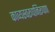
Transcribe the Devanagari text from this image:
काव्यस्वरूपनिरूपण